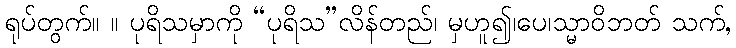
ရုပ်တွက်။ ။ ပုရိသမှာကို “ပုရိသ”လိန်တည်၊ မှဟူ၍၊ပေ၊သ္မာဝိဘတ် သက်,